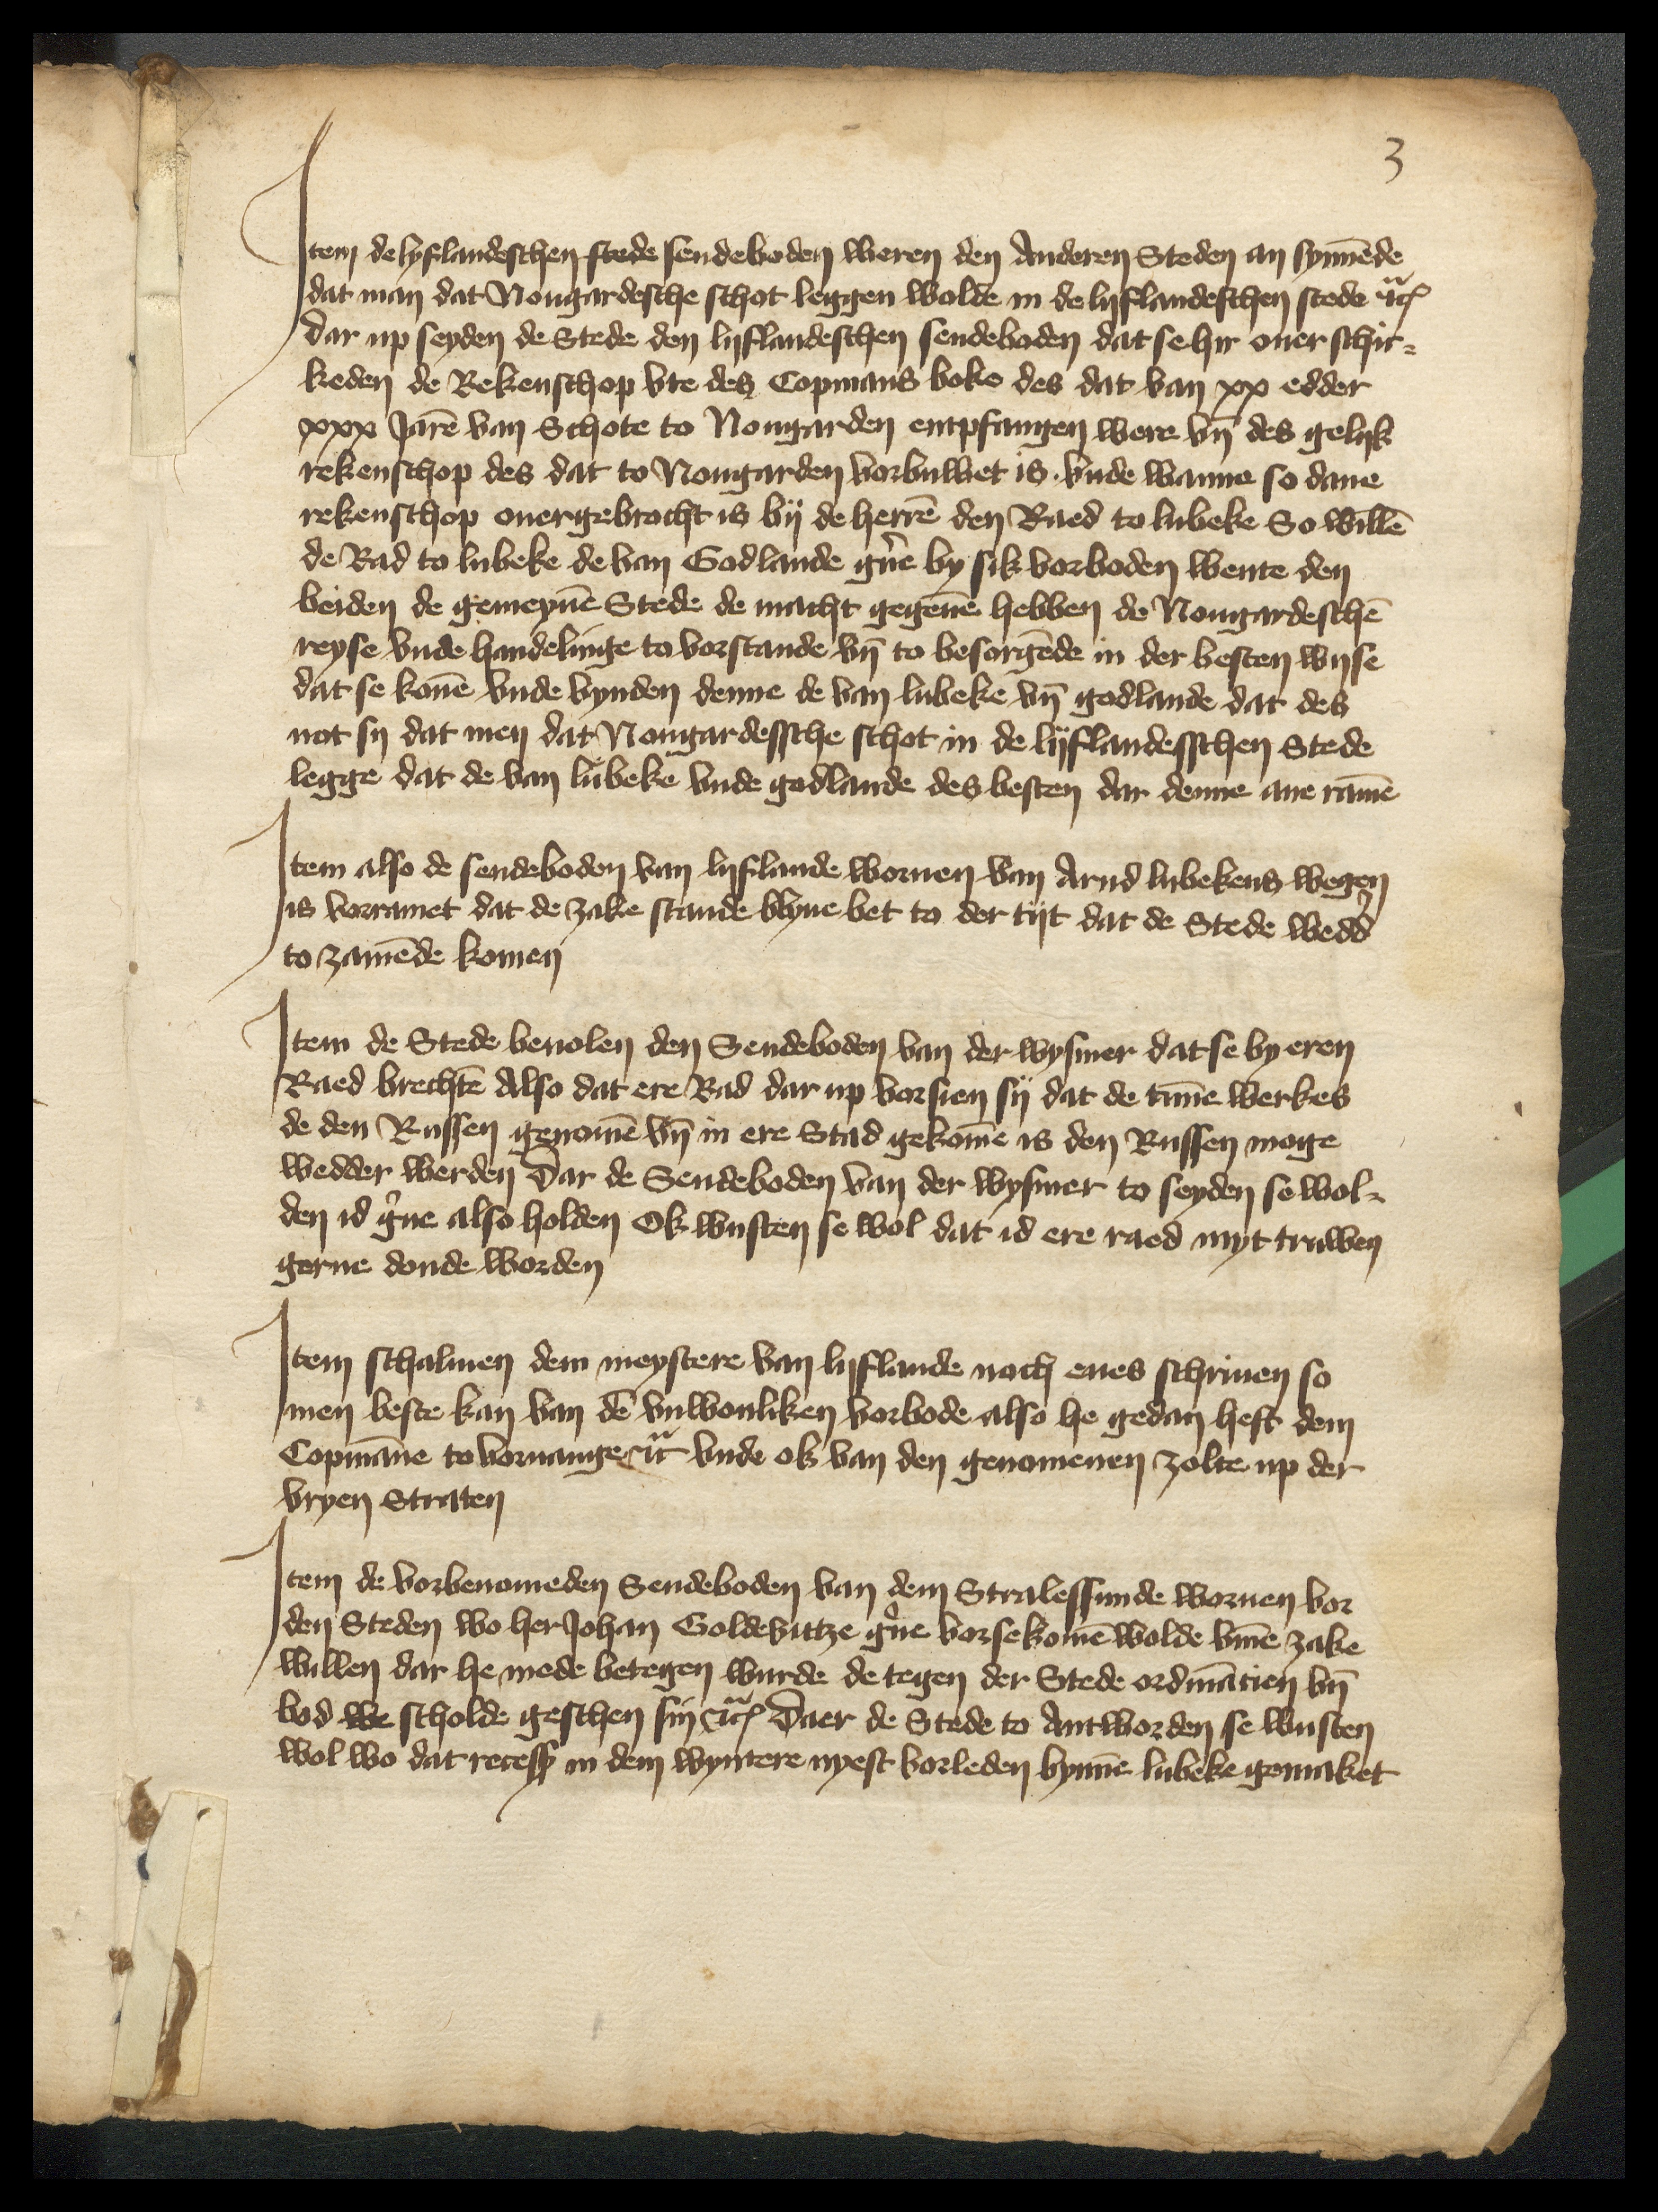
Jtem de lyflandeschen stede sendeboden weren den anderen Steden an synnende
dat man dat Nougardesche schot leggen wolde in de Lyflandeschen stede etcetera
dar up seyden de Stede den lyflandeschen sendebaden dat se hir ouer schic¬
keden de Rekenschop vte des Copmans boke des dat van xx edder
xxx Jaren van Schote to Nougarden entpfangen were vnd des gelyk
rekenschop des dat to Nougarden vorbullet is vnde wanne so dane
rekenschop ouergebrocht is by de herren den Raed to Lubeke So willen
de Rad to Lubeke de van Godlande gerne by sik vorboden wente den
beiden de gemeynen Stede de macht gegeuen hebben de Nougardeschen
reyse vnde handelinge to vorstande vnd to besorgende in der besten wyse
dat se konen vnde vynden denne de van Lubeke vnd Godlande dat des
not sy dat men dat Nougardessche schot in de lyflandesschen Stede
legge dat de van Lubeke vnde Godlande des besten dar denne ane ramen

Jtem also de sendeboden van Lyflande wornen van Arnd Lubekens wegen,
is vorramet dat de zake stande blyue bet to der tyt dat de Stede wedder
to zamende komen

Jtem de Stede beuolen den Sendeboden van der Wysmer dat se by eren
Raed brechten Also dat ere Rad darup vorsien sy dat de umme werkes
de den Russen geromen vnd in ere Stad gekomen is den Russen moge
wedder werden dar de Sendeboden van der Wysmer to seyden se wol¬
den id gerne also holden Ok wusten se wol dat id ere raed myt truwen
gerne donde worden

Jtem schalmen dem meystere van Lyflande noch enes schriuen so
men beste kan van den vnwonliken vorbode also he gedan heft dem
Copmanne to voruangen etcetera vnde ok van den genomenen zolte up der
vryen Straten

Jtem de vorbenomeden Sendeboden van dem Stralessunde wornen vor
den Steden wo her Johan Goldebittze gerne vorsekomen wolde vmme zake
willen dar he mede betegen wurde de tegen der Stede ordinancien vnd
bod we scholde geschen sin etcetera daer de Stede to antworden se wusten
wol wo dat recess in dem wyntere nyest vorleden bynnen Lubeke gemaket